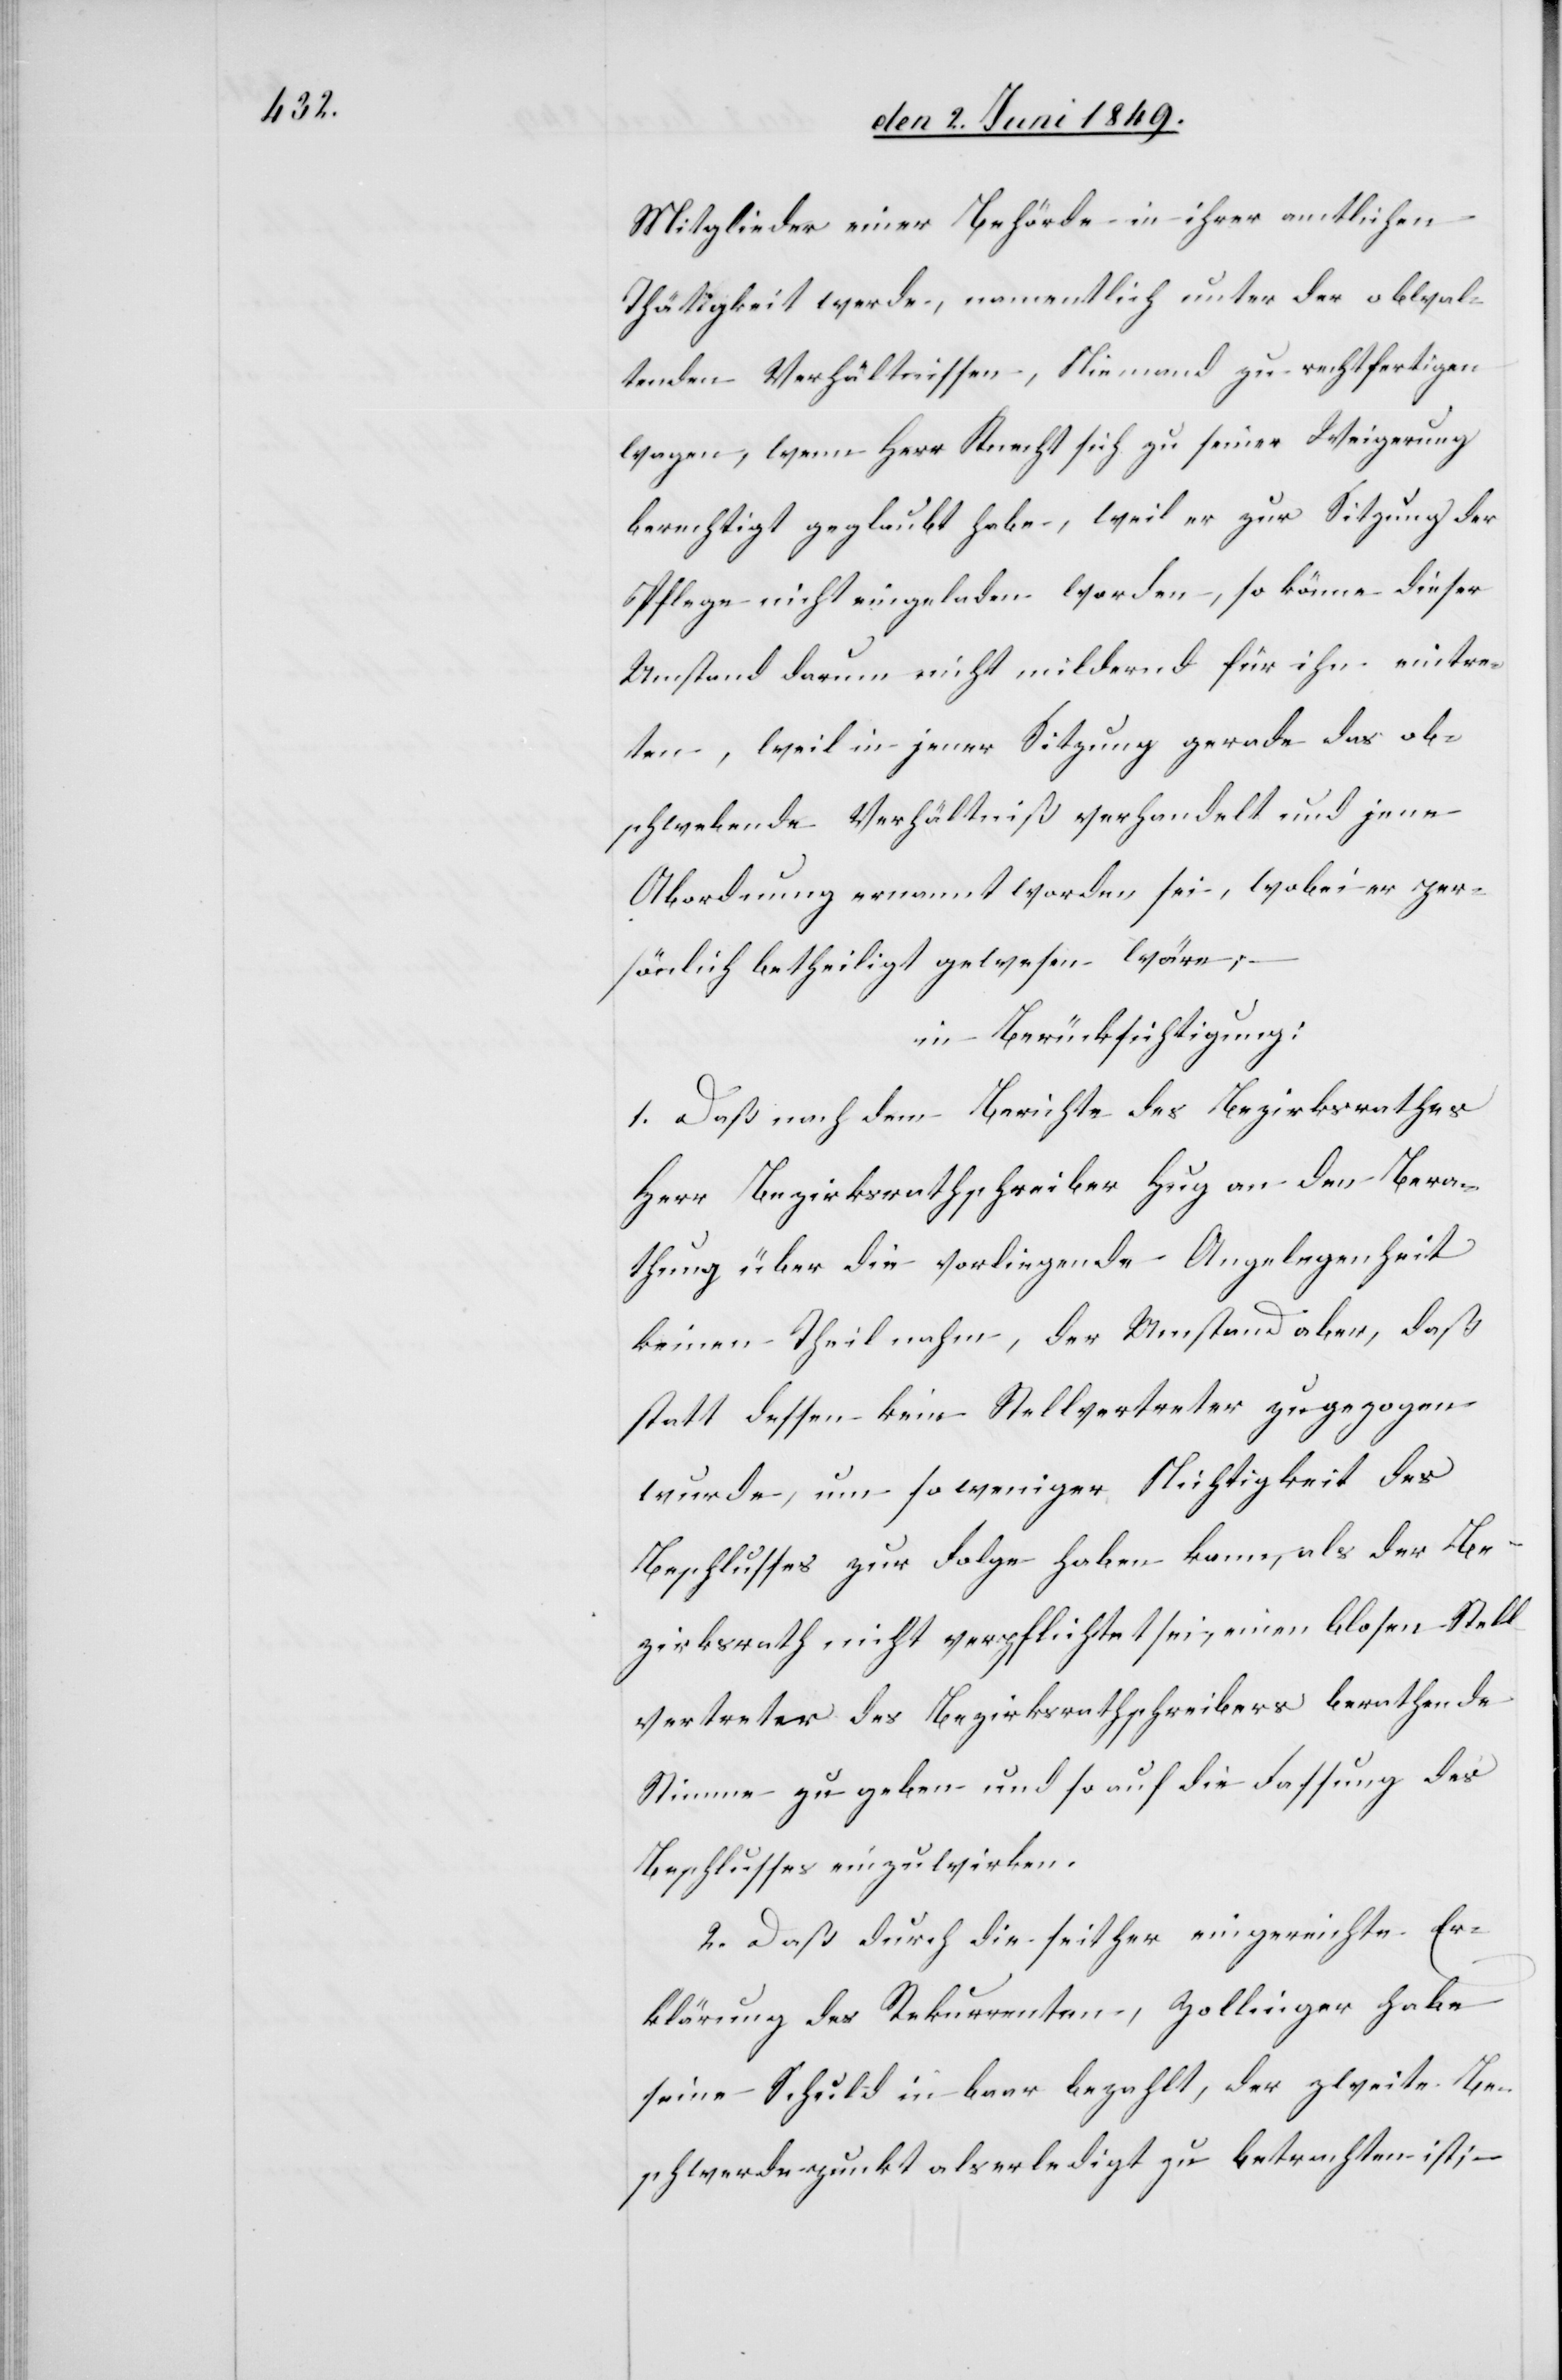
Mitglieder einer Behörde in ihrer amtlichen
Thätigkeit werde, namentlich unter der obwal¬
tenden Verhältnissen, Niemand zu rechtfertigen
wagen, wenn Herr Knecht sich zu seiner Weigerung
berechtigt geglaubt habe, weil er zur Sitzung der
Pflege nicht eingeladen worden, so könne dieser
Umstand darum nicht mildernd für ihn eintre¬
ten, weil in jener Sitzung gerade das ob¬
schwebende Verhältniß verhandelt und jene
Abordnung ernannt worden sei, wobei er per¬
sönlich betheiligt gewesen wäre;
in Berücksichtigung:
1. Daß nach dem Berichte des Bezirksrathes
Herr Bezirksrathschreiber Hug an den Bera¬
thung [sic!] über die vorliegende Angelegenheit
keinen Theil nahm, der Umstand aber, daß
statt dessen kein Stellvertreter zugezogen
wurde, um so weniger Nichtigkeit des
Beschlusses zur Folge haben kann, als der Be¬
zirksrath nicht verpflichtet sei, einen blosen Stell¬
vertreter des Bezirksrathschreibers berathende
Stimme zu geben und so auf die Fassung des
Beschlusses einzuwirken.
2. Daß durch die seither eingereichte Er¬
klärung des Rekurrenten, Zollinger habe
seine Schuld in baar bezahlt, der zweite Be¬
schwerdepunkt als erledigt zu betrachten ist; –